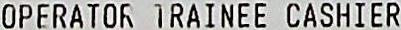
OPERATOR TRAINEE CASHIER